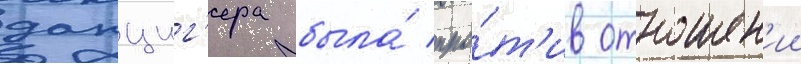
данциг'ера была́ про́т'ив отношен'ии